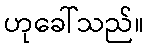
ဟုခေါ်သည်။